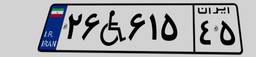
۲۲W۴۱۶۹۸